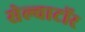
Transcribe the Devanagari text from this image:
सेल्वाटॉर